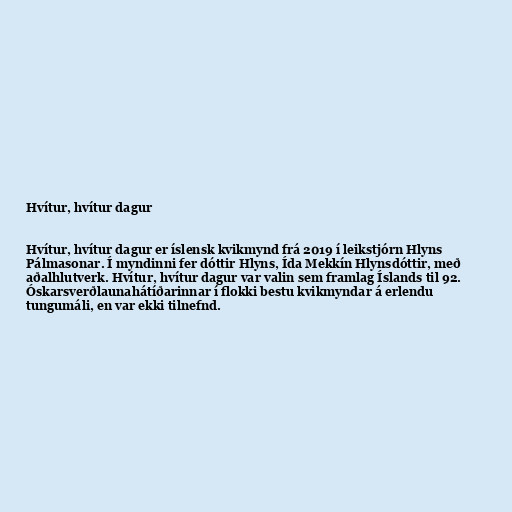
Hvítur, hvítur dagur

Hvítur, hvítur dagur er íslensk kvikmynd frá 2019 í leikstjórn Hlyns
Pálmasonar. Í myndinni fer dóttir Hlyns, Ída Mekkín Hlynsdóttir, með
aðalhlutverk. Hvítur, hvítur dagur var valin sem framlag Íslands til 92.
Óskarsverðlaunahátíðarinnar í flokki bestu kvikmyndar á erlendu
tungumáli, en var ekki tilnefnd.